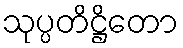
သုပ္ပတိဋ္ဌိတော